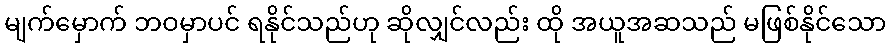
မျက်မှောက် ဘဝမှာပင် ရနိုင်သည်ဟု ဆိုလျှင်လည်း ထို အယူအဆသည် မဖြစ်နိုင်သော